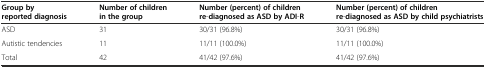
<table><thead><tr><td><b>Group by reported diagnosis</b></td><td><b>Number of children in the group</b></td><td><b>Number (percent) of children re-diagnosed as ASD by ADI-R</b></td><td><b>Number (percent) of children re-diagnosed as ASD by child psychiatrists</b></td></tr></thead><tbody><tr><td>ASD</td><td>31</td><td>30/31 (96.8%)</td><td>30/31 (96.8%)</td></tr><tr><td>Autistic tendencies</td><td>11</td><td>11/11 (100.0%)</td><td>11/11 (100.0%)</td></tr><tr><td>Total</td><td>42</td><td>41/42 (97.6%)</td><td>41/42 (97.6%)</td></tr></tbody></table>